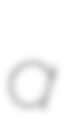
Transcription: a